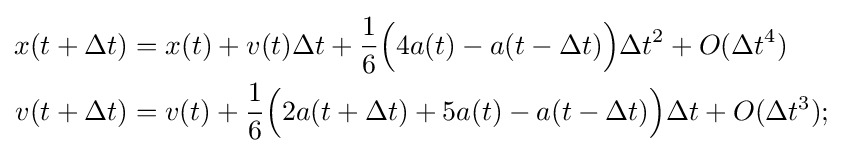
{\begin{aligned}x(t+\Delta t)&=x(t)+v(t)\Delta t+{\frac {1}{6}}{\Bigl (}4a(t)-a(t-\Delta t){\Bigr )}\Delta t^{2}+O(\Delta t^{4})\\v(t+\Delta t)&=v(t)+{\frac {1}{6}}{\Bigl (}2a(t+\Delta t)+5a(t)-a(t-\Delta t){\Bigr )}\Delta t+O(\Delta t^{3});\end{aligned}}